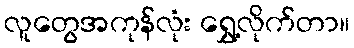
လူတွေအကုန်လုံး ရွှေ့လိုက်တာ။